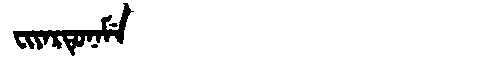
Manchu: ᠸᡳᠶᠠᡵᡨᡠᠨᠠᠮᡝ
Romanization: FIYARTUNAME